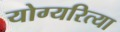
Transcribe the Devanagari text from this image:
योग्यरित्या